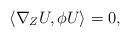
LaTeX: \begin{align*}\langle\nabla_Z U,\phi U\rangle=0,\end{align*}